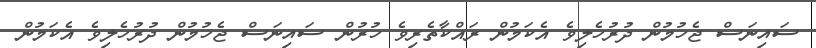
ސައިނަސް ޖެހުމުން ދުރުހެލިވެ އެކަމުން ރައްކާތެރިވެ ހުރުން ސައިނަސް ޖެހުމުން ދުރުހެލިވެ އެކަމުން